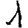
Digit: 1